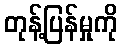
တုန့်ပြန်မှုကို